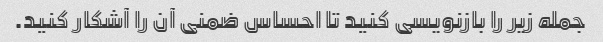
جمله زیر را بازنویسی کنید تا احساس ضمنی آن را آشکار کنید.